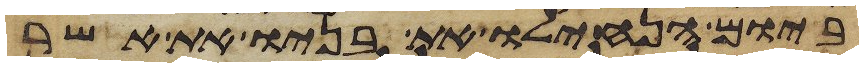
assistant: ביום הנחילו את בניו את אשר